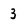
Character: 3